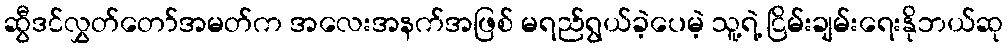
ဆွီဒင်လွှတ်တော်အမတ်က အလေးအနက်အဖြစ် မရည်ရွယ်ခဲ့ပေမဲ့ သူ့ရဲ့ ငြိမ်းချမ်းရေးနိုဘယ်ဆု